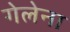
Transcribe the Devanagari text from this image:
गेलेना